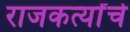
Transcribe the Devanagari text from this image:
राजकर्त्यांचे